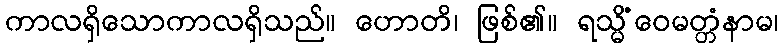
ကာလရှိသောကာလရှိသည်။ ဟောတိ၊ ဖြစ်၏။ ရသ္မိံဝေမတ္တံနာမ၊